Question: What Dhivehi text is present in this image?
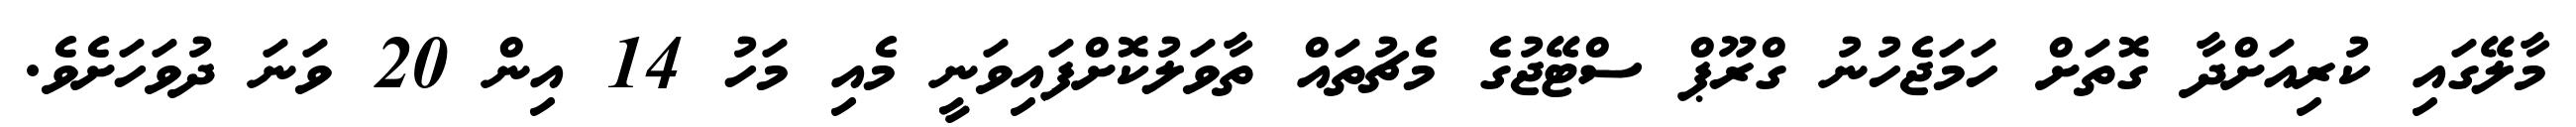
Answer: މާލޭގައި ކުރިއަށްދާ ގޮތަށް ހަމަޖެހުނު ގްރޫޕް ސްޓޭޖުގެ މެޗުތައް ތާވަލުކޮށްފައިވަނީ މެއި މަހު 14 އިން 20 ވަނަ ދުވަހަށެވެ.